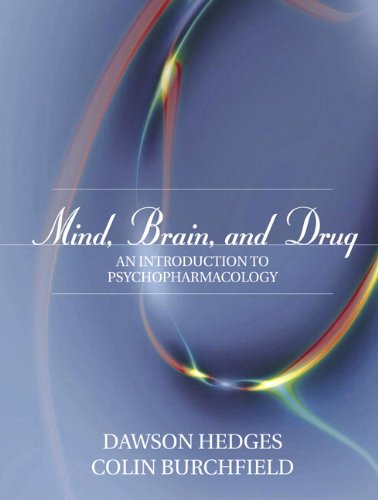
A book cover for Mind, Brain, and Drug: An Introduction to Psychopharmacology; Dawson Hedges; Medical Books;